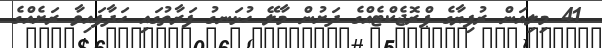
41 މިލިއަން ރުފިޔާގެ ޕްރޮޖެކްޓެއްގެ ދަށުން މާލޭ ހުޅަނގު ފަރާތުގައި ހަދާފައިވާ ރަށެއްގެ